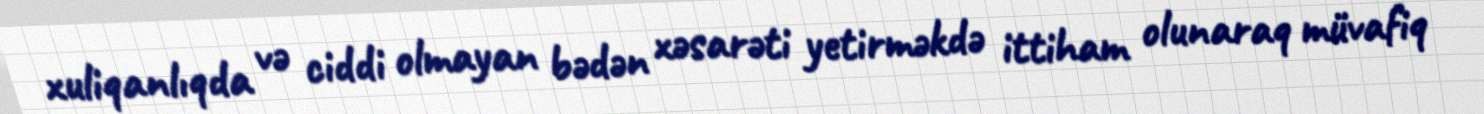
xuliqanlıqda və ciddi olmayan bədən xəsarəti yetirməkdə ittiham olunaraq müvafiq